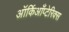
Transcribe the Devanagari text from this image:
ऑर्किआँप्टेरिक्स